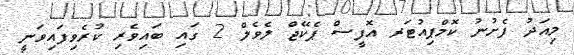
މިއަދު ފެށުނު ކޮމްޕިއުޓަރ އޮފީސް ޕެކޭޖް ލެވެލް 2 ގައި ބައިވެރި ކުރެވިފައިވަނީ